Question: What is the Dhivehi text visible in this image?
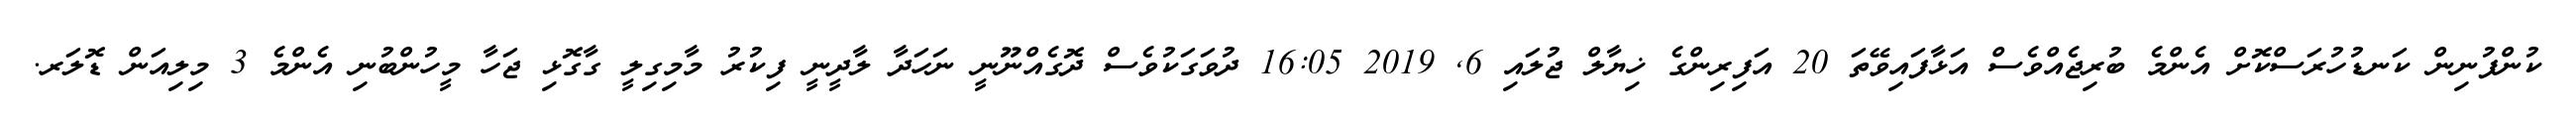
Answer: ކުންފުނިން ކަނޑުހުރަސްކޮށް އެންމެ ބުރިޖެއްވެސް އަޅާފައިވޭތަ 20 އަފިރިންގެ ޚިޔާލް ޖުލައި 6, 2019 16:05 ދުވަގަކުވެސް ދޮގެއްނޫނީ ނަހަދާ ލާދީނީ ފިކުރު މާމިގިލީ ގާގޮޅި ޖަހާ މީހުންބުނި އެންމެ 3 މިލިއަން ޑޮލަރ.